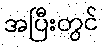
အပြီးတွင်